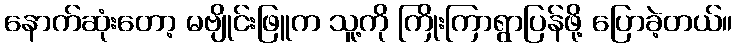
နောက်ဆုံးတော့ မဗျိုင်းဖြူက သူ့ကို ကြိုးကြာရွာပြန်ဖို့ ပြောခဲ့တယ်။